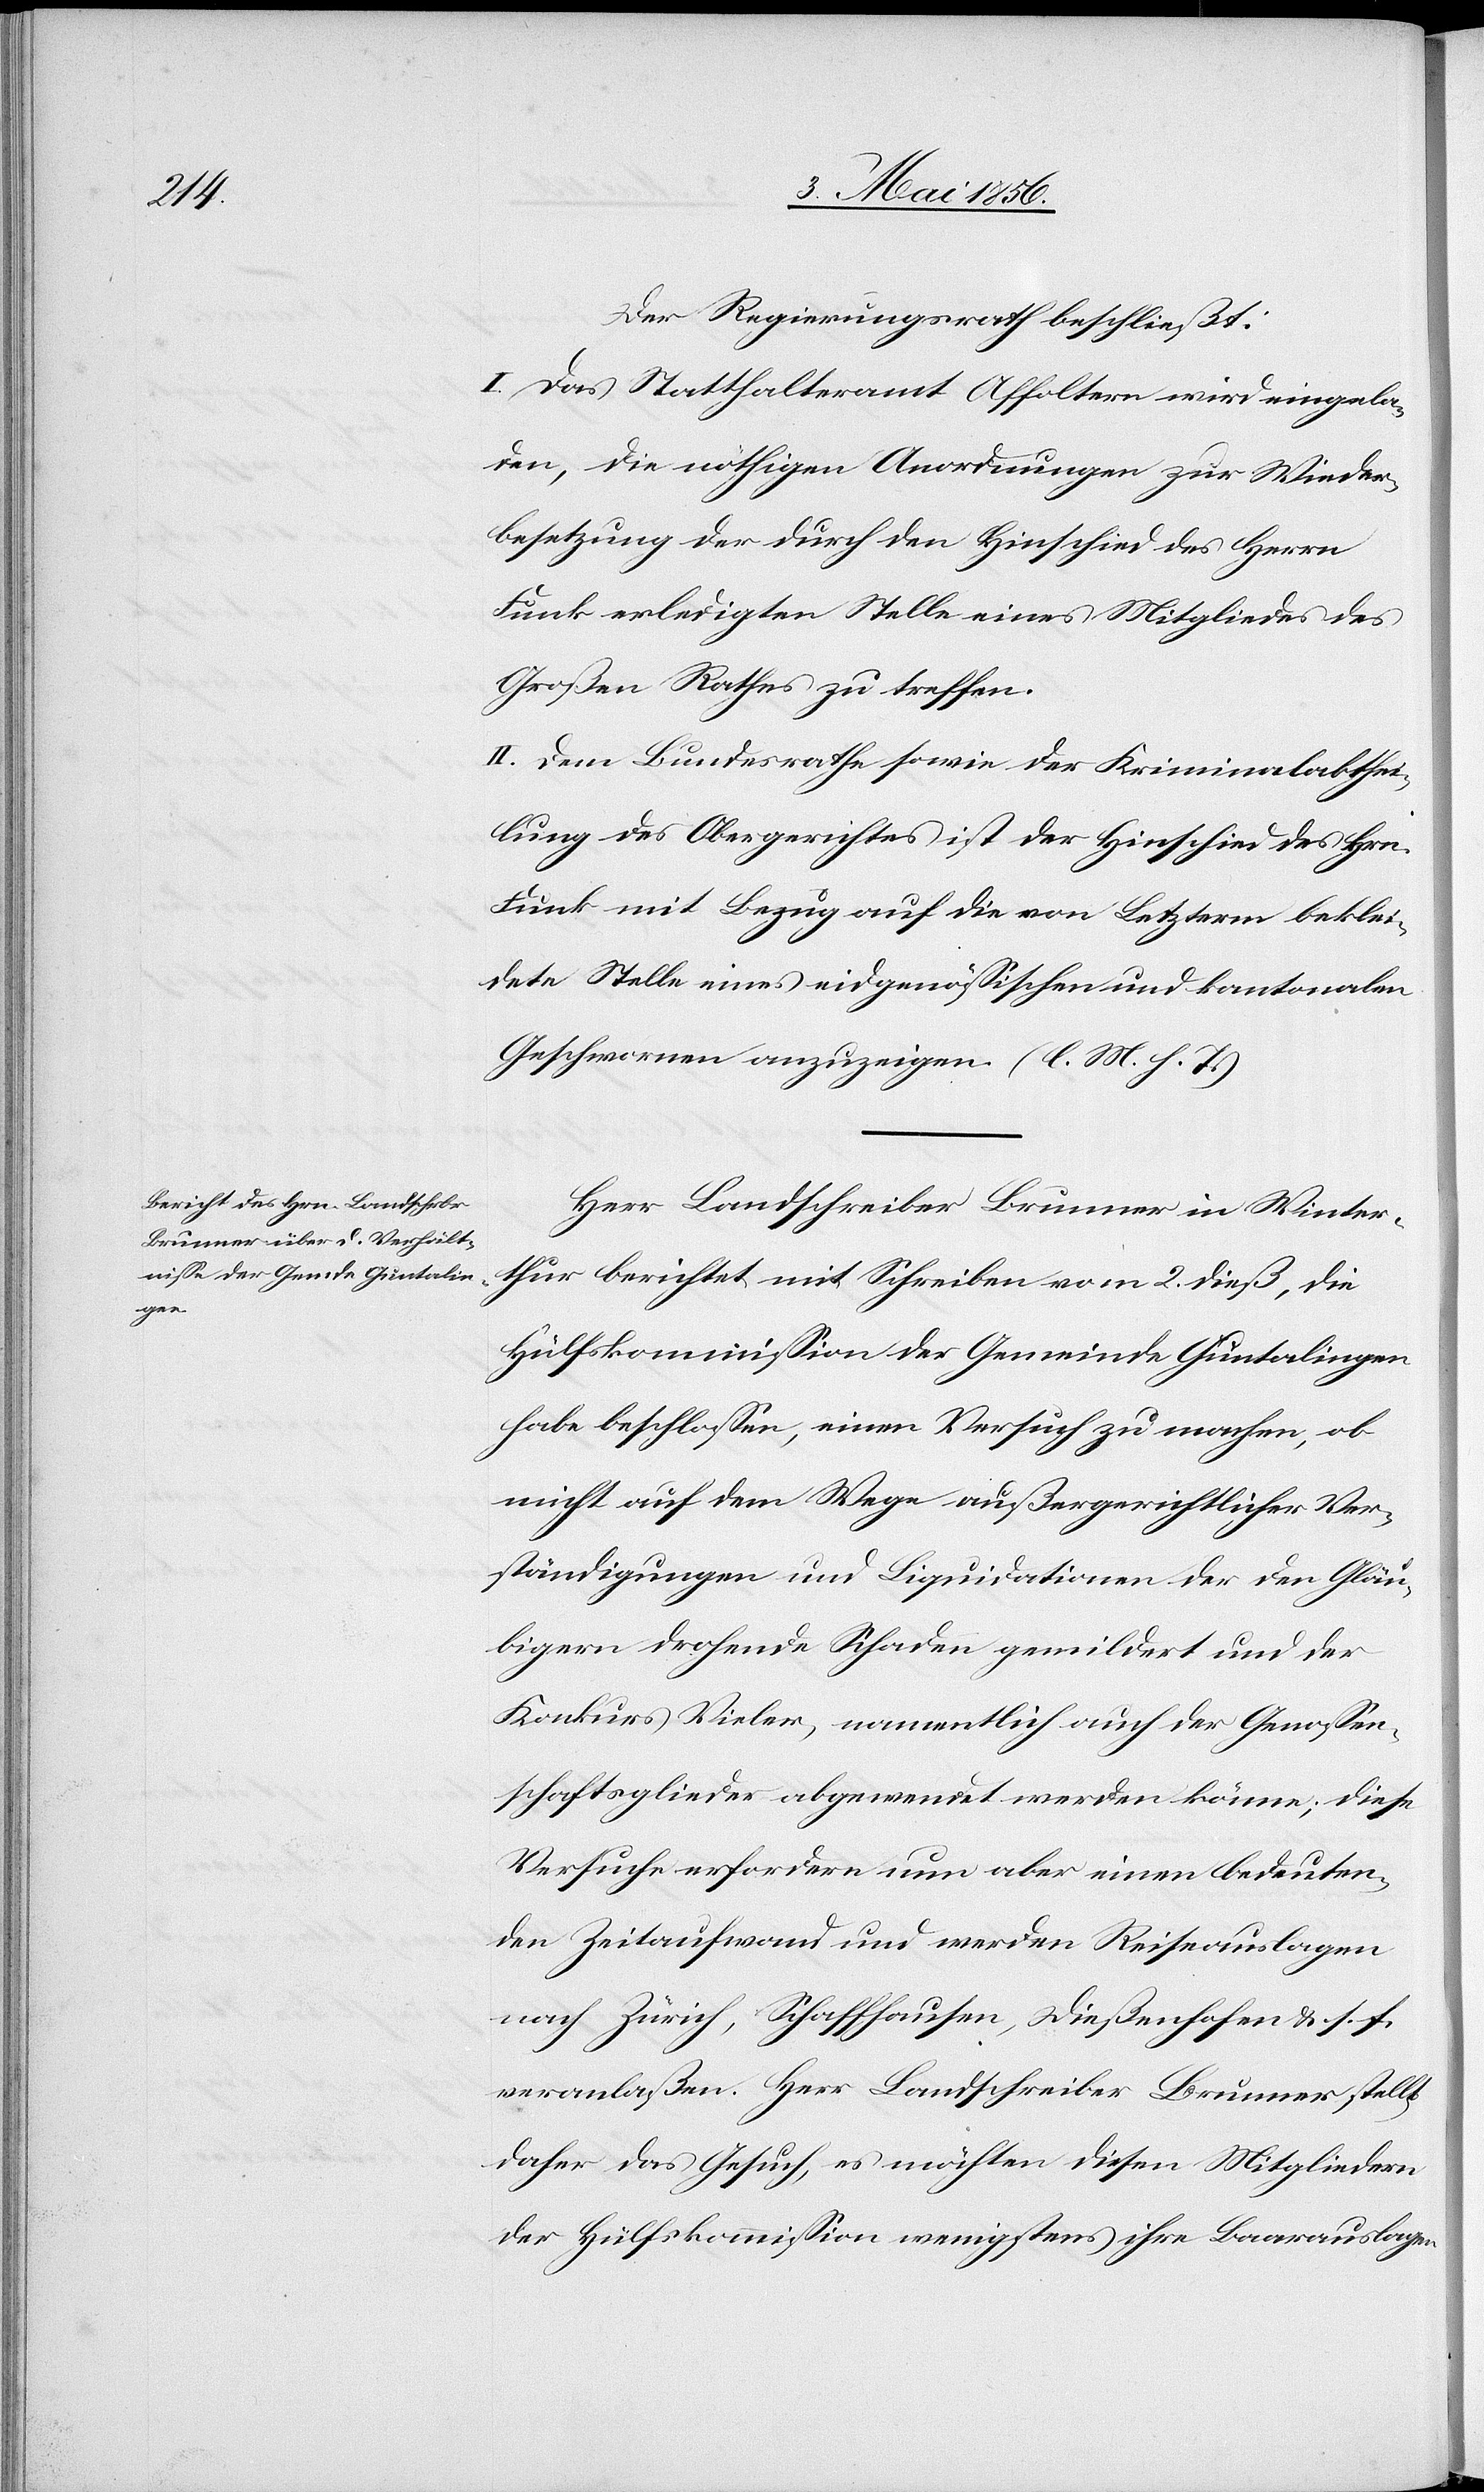
Der Regierungsrath beschließt:
I. Das Statthalteramt Affoltern wird eingela¬
den, die nöthigen Anordnungen zur Wieder¬
besetzung der durch den Hinschied des Herrn
Funk erledigten Stelle eines Mitgliedes des
Großen Rathes zu treffen.
II. Dem Bundesrathe sowie der Kriminalabthei¬
lung des Obergerichtes ist der Hinschied des Hrn.
Funk mit Bezug auf die von Letzterm beklei¬
dete Stelle eines eidgenössischen und kantonalen
Geschwornen anzuzeigen. (l. M. h. T.)
Herr Landschreiber Brunner in Winter¬
thur berichtet mit Schreiben vom 2. dieß, die
Hülfskommission der Gemeinde Guntalingen
habe beschlossen, einen Versuch zu machen, ob
nicht auf dem Wege außergerichtlicher Ver¬
ständigungen und Liquidationen der den Gläu¬
bigern drohende Schaden gemildert und der
Konkurs Vieler, namentlich auch der Genossen¬
schaftsglieder abgewendet werden könne; diese
Versuche erfordern nun aber einen bedeuten¬
den Zeitaufwand und werden Reiseauslagen
nach Zürich, Schaffhausen, Dießenhofen & s. f.
veranlaßen. Herr Landschreiber Brunner stellt
daher das Gesuch, es möchten diesen Mitgliedern
der Hülfskommission wenigstens ihre Baarauslagen